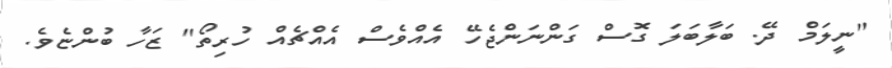
"ނީލަމް ދޭ. ބަލާބަލަ ގޮސް ގަންނަންޖެހޭ އެއްވެސް އެއްޗެއް ހުރިތޯ" ޒަހާ ބުންޏެވެ.